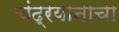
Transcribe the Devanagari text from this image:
चंद्रयानाचा